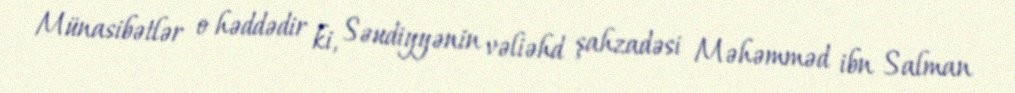
Münasibətlər o həddədir ki, Səudiyyənin vəliəhd şahzadəsi Məhəmməd ibn Salman